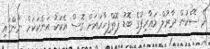
ދެ ސޭކުން ދާރުލް މަޢާރިފުގެ ބޮޑު ފޮތްފިހާރައަށް ގޮސް އެކަކު އަނެކަކަށް ނާންގައި